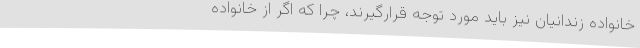
خانواده زندانیان نیز باید مورد توجه قرارگیرند، چرا که اگر از خانواده